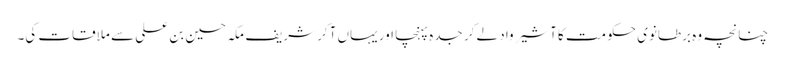
چنانچہ وہ برطانوی حکومت کا آشیرواد لے کر جدہ پہنچا اور یہاں آکر شریف مکہ حسین بن علی سے ملاقات کی۔